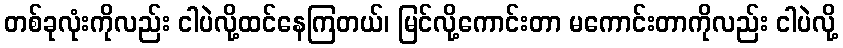
တစ်ခုလုံးကိုလည်း ငါပဲလို့ထင်နေကြတယ်၊ မြင်လို့ကောင်းတာ မကောင်းတာကိုလည်း ငါပဲလို့